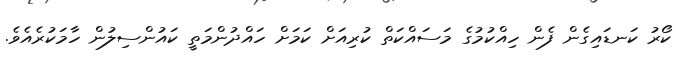
ކޯރު ކަނޑައިގެން ފެން ހިއްކުމުގެ މަސައްކަތް ކުރިއަށް ކަމަށް ހައްދުންމަތީ ކައުންސިލުން ހާމަކުރެއެވެ.